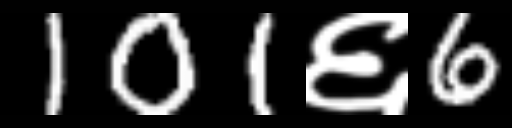
Text: 101६6